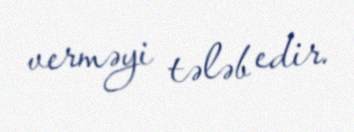
verməyi tələb edir.